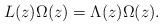
LaTeX: \begin{align*}L(z)\Omega(z)=\Lambda(z)\Omega(z).\end{align*}